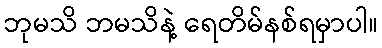
ဘုမသိ ဘမသိနဲ့ ရေတိမ်နစ်ရမှာပါ။